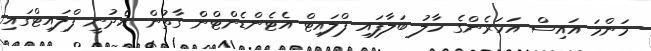
މަންމަ އައިސް އަހަރެންގެ ހާލު ބަލާފައި ފްލައިޓް އެޓެންޑެންޓްން ގާތުން އެދުނީ ފްލައިޓްގައި